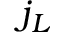
j _ { L }